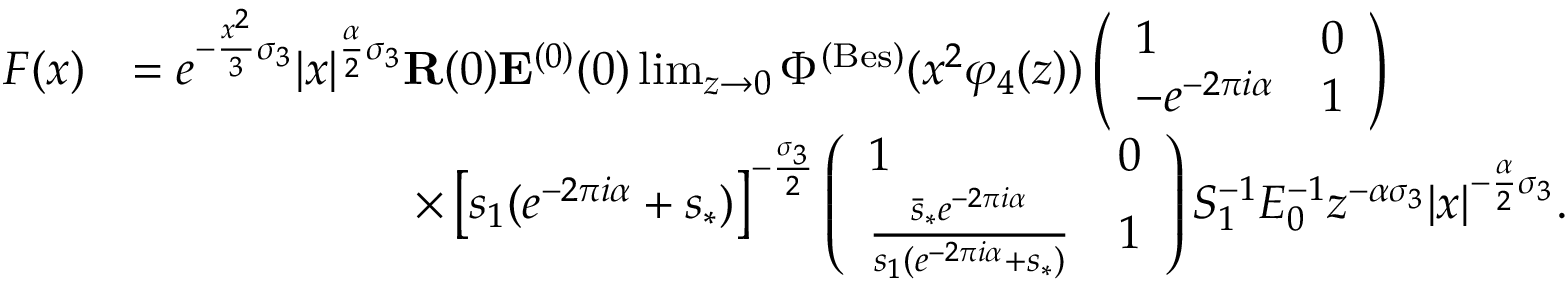
\begin{array} { r l } { F ( x ) } & { = e ^ { - \frac { x ^ { 2 } } { 3 } \sigma _ { 3 } } | x | ^ { \frac { \alpha } { 2 } \sigma _ { 3 } } \mathbf { R } ( 0 ) \mathbf { E } ^ { ( 0 ) } ( 0 ) \operatorname* { l i m } _ { z \to 0 } \Phi ^ { ( \mathrm { B e s } ) } ( x ^ { 2 } \varphi _ { 4 } ( z ) ) \left( \begin{array} { l l } { 1 } & { 0 } \\ { - e ^ { - 2 \pi i \alpha } } & { 1 } \end{array} \right) } \\ & { \qquad \qquad \qquad \times \left[ s _ { 1 } ( e ^ { - 2 \pi i \alpha } + s _ { * } ) \right] ^ { - \frac { \sigma _ { 3 } } { 2 } } \left( \begin{array} { l l } { 1 } & { 0 } \\ { \frac { \bar { s } _ { * } e ^ { - 2 \pi i \alpha } } { s _ { 1 } ( e ^ { - 2 \pi i \alpha } + s _ { * } ) } } & { 1 } \end{array} \right) S _ { 1 } ^ { - 1 } E _ { 0 } ^ { - 1 } z ^ { - \alpha \sigma _ { 3 } } | x | ^ { - \frac { \alpha } { 2 } \sigma _ { 3 } } . } \end{array}